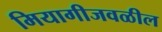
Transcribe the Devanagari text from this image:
मियागीजवळील